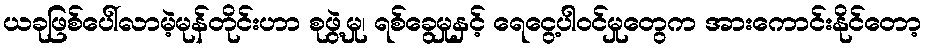
ယခုဖြစ်ပေါ်လာမဲ့မုန်တိုင်းဟာ စုဖွဲ့မှု၊ ရစ်ခွေမှုနှင့် ရေငွေ့ပါဝင်မှုတွေက အားကောင်းနိုင်တော့